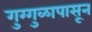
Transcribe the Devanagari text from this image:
गुग्गुळापासून